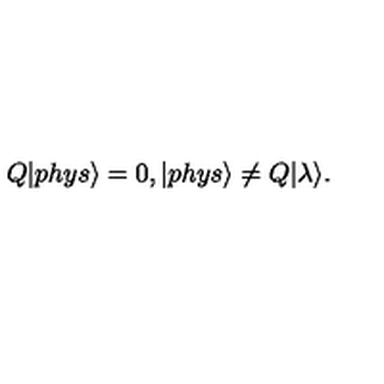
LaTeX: Q | p h y s \rangle = 0 , | p h y s \rangle \ne Q | \lambda \rangle .